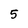
Character: 5